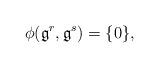
LaTeX: \begin{align*} \phi(\mathfrak{g}^{r},\mathfrak{g}^{s})=\{0\},\end{align*}